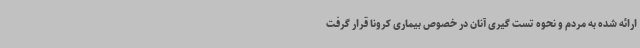
ارائه شده به مردم و نحوه تست گیری آنان در خصوص بیماری کرونا قرار گرفت